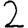
Digit: 2